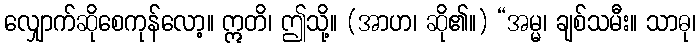
လျှောက်ဆိုစေကုန်လော့။ ဣတိ၊ ဤသို့။ (အာဟ၊ ဆို၏။) “အမ္မ၊ ချစ်သမီး။ သာဓု၊